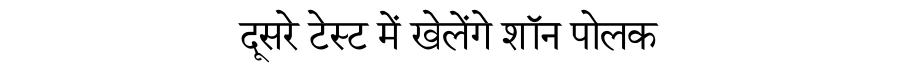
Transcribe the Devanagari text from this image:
दूसरे टेस्ट में खेलेंगे शॉन पोलक